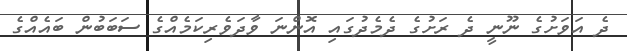
ދެ އަވަށުގެ ނޫނީ ދެ ރަށުގެ ދެމެދުގައި އޮންނަ ވާދަވެރިކަމެއްގެ ސަބަބުން ބައެއްގެ